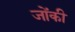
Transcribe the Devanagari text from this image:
जोंकी